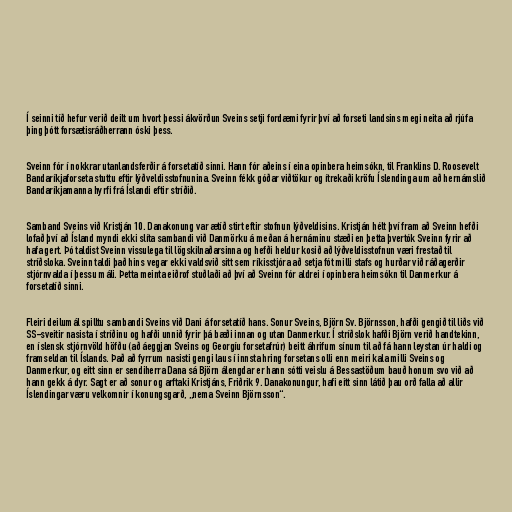
Í seinni tíð hefur verið deilt um hvort þessi ákvörðun Sveins setji fordæmi fyrir því að forseti landsins megi neita að rjúfa
þing þótt forsætisráðherrann óski þess.

Sveinn fór í nokkrar utanlandsferðir á forsetatíð sinni. Hann fór aðeins í eina opinbera heimsókn, til Franklins D. Roosevelt
Bandaríkjaforseta stuttu eftir lýðveldisstofnunina. Sveinn fékk góðar viðtökur og ítrekaði kröfu Íslendinga um að hernámslið
Bandaríkjamanna hyrfi frá Íslandi eftir stríðið.

Samband Sveins við Kristján 10. Danakonung var ætíð stirt eftir stofnun lýðveldisins. Kristján hélt því fram að Sveinn hefði
lofað því að Ísland myndi ekki slíta sambandi við Danmörku á meðan á hernáminu stæði en þetta þvertók Sveinn fyrir að
hafa gert. Þó taldist Sveinn vissulega til lögskilnaðarsinna og hefði heldur kosið að lýðveldisstofnun væri frestað til
stríðsloka. Sveinn taldi það hins vegar ekki valdsvið sitt sem ríkisstjóra að setja fót milli stafs og hurðar við ráðagerðir
stjórnvalda í þessu máli. Þetta meinta eiðrof stuðlaði að því að Sveinn fór aldrei í opinbera heimsókn til Danmerkur á
forsetatíð sinni.

Fleiri deilumál spilltu sambandi Sveins við Dani á forsetatíð hans. Sonur Sveins, Björn Sv. Björnsson, hafði gengið til liðs við
SS-sveitir nasista í stríðinu og hafði unnið fyrir þá bæði innan og utan Danmerkur. Í stríðslok hafði Björn verið handtekinn,
en íslensk stjórnvöld höfðu (að áeggjan Sveins og Georgíu forsetafrúr) beitt áhrifum sínum til að fá hann leystan úr haldi og
framseldan til Íslands. Það að fyrrum nasisti gengi laus í innsta hring forsetans olli enn meiri kala milli Sveins og
Danmerkur, og eitt sinn er sendiherra Dana sá Björn álengdar er hann sótti veislu á Bessastöðum bauð honum svo við að
hann gekk á dyr. Sagt er að sonur og arftaki Kristjáns, Friðrik 9. Danakonungur, hafi eitt sinn látið þau orð falla að allir
Íslendingar væru velkomnir í konungsgarð, „nema Sveinn Björnsson“.